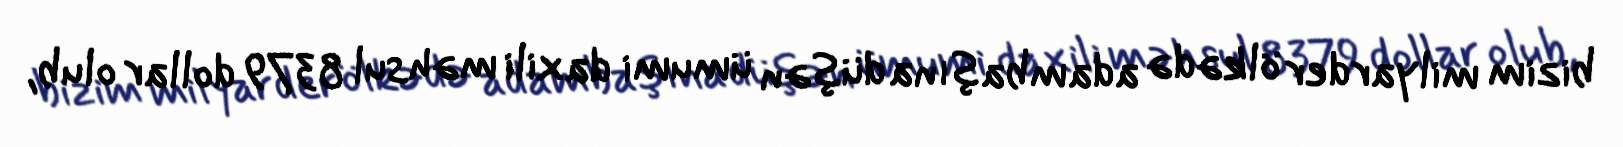
bizim milyarder ölkədə adambaşına düşən ümumi daxili məhsul 8379 dollar olub,